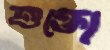
শুক্তো